Indian journal of veterinary science and animal husbandry - Volume 12,
Year: 1942
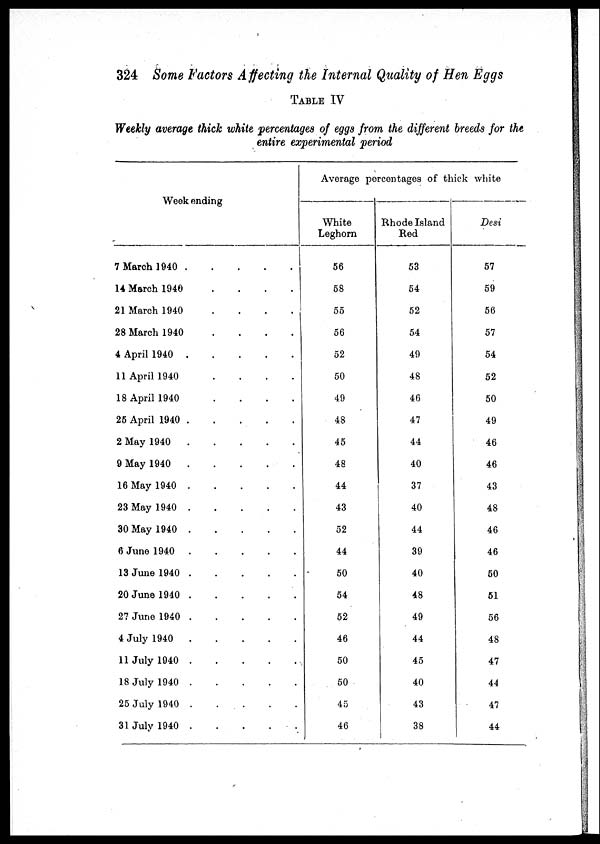
324 Some Factors Affecting the Internal Quality of Hen Eggs
TABLE IV
Weekly average thick white percentages of eggs from the different breeds for the
entire experimental period
Week ending
7 March 1940 . . . . .
14 March 1940. . . . .
21 March 1940. . . . .
28 March 1940. . . . .
4 April 1940 . . . . .
11 April 1940 . . . . .
18 April 1940 . . . . .
25 April 1940 . . . . .
2 May 1940 . . . . .
9 May 1940 . . . . .
16 May 1940 . . . . .
23 May 1940 . . . . .
30 May 1940 . . . . .
6 June 1940 . . . . .
13 June 1940 . . . . .
20 June 1940 . . . . .
27 June 1940 . . . . .
4 July 1940 . . . . .
11 July 1940 . . . . .
18 July 1940 . . . . .
25 July 1940 . . . . .
31 July 1940 . . . . .
Average percentages of thick white
White
Leghorn
56
58
55
56
52
50
49
48
45
48
44
43
52
44
50
54
52
46
50
50
45
46
Rhode Island
Red
53
54
52
54
49
48
46
47
44
40
37
40
44
39
40
48
49
44
45
40
43
38
Desi
57
59
56
57
54
52
50
49
46
46
43
48
46
46
50
51
56
48
47
44
47
44